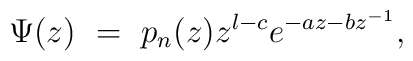
\Psi (z) \ = \  p_n (z) z^{l-c}  e ^ { -az - bz^{-1} },